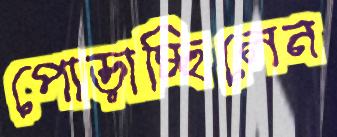
পোড়াচ্ছিলেন